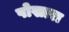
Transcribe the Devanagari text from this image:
पोखारा